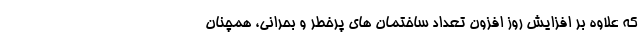
که علاوه بر افزایش روز افزون تعداد ساختمان های پرخطر و بحرانی، همچنان